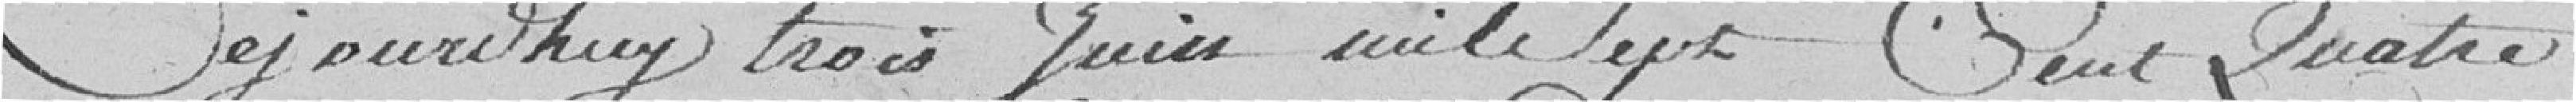
Ce jourd'hui trois juin mil sept cent quatre